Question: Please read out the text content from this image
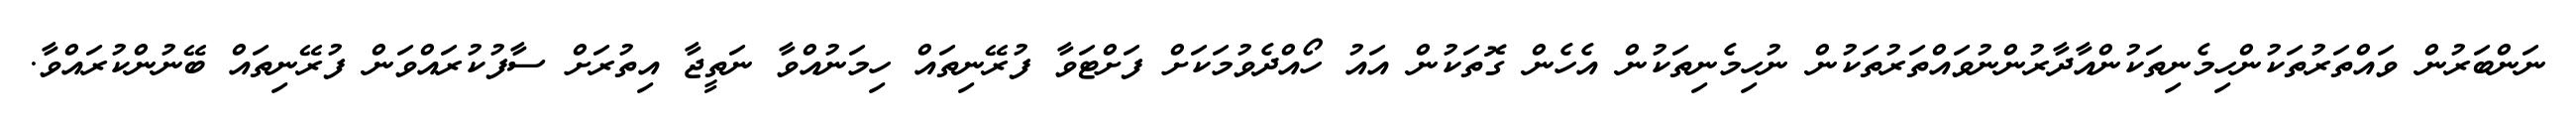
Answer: ނަންބަރުން ވައްތަރުތަކުންހިމެނިތަކުންއާދާރުންނުވައްތަރުތަކުން ނުހިމެނިތަކުން އެހެން ގޮތަކުން އައު ހޯއްދެވުމަކަށް ފަށްޓަވާ ފުރޭނިތައް ހިމަނުއްވާ ނަތީޖާ އިތުރަށް ސާފުކުރައްވަން ފުރޭނިތައް ބޭނުންކުރައްވާ.